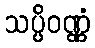
သပ္ပိဝဏ္ဏံ